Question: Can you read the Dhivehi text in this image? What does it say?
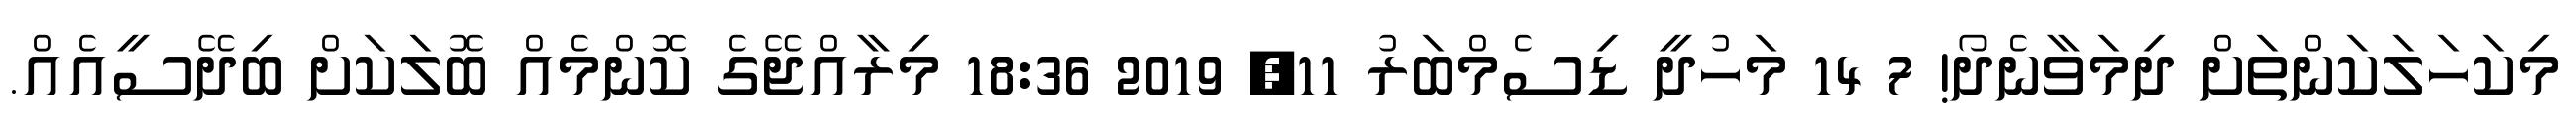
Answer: މިކަހަލަކަންތަށް ދިމަވާނެދޯ! 7 14 މަހުދީ ޑިސެމްބަރު 11, 2019 18:36 މިރާއްޖޭގެ ކޮންމެއް ބޮލަކަށް ބިދޭސީއެއް.